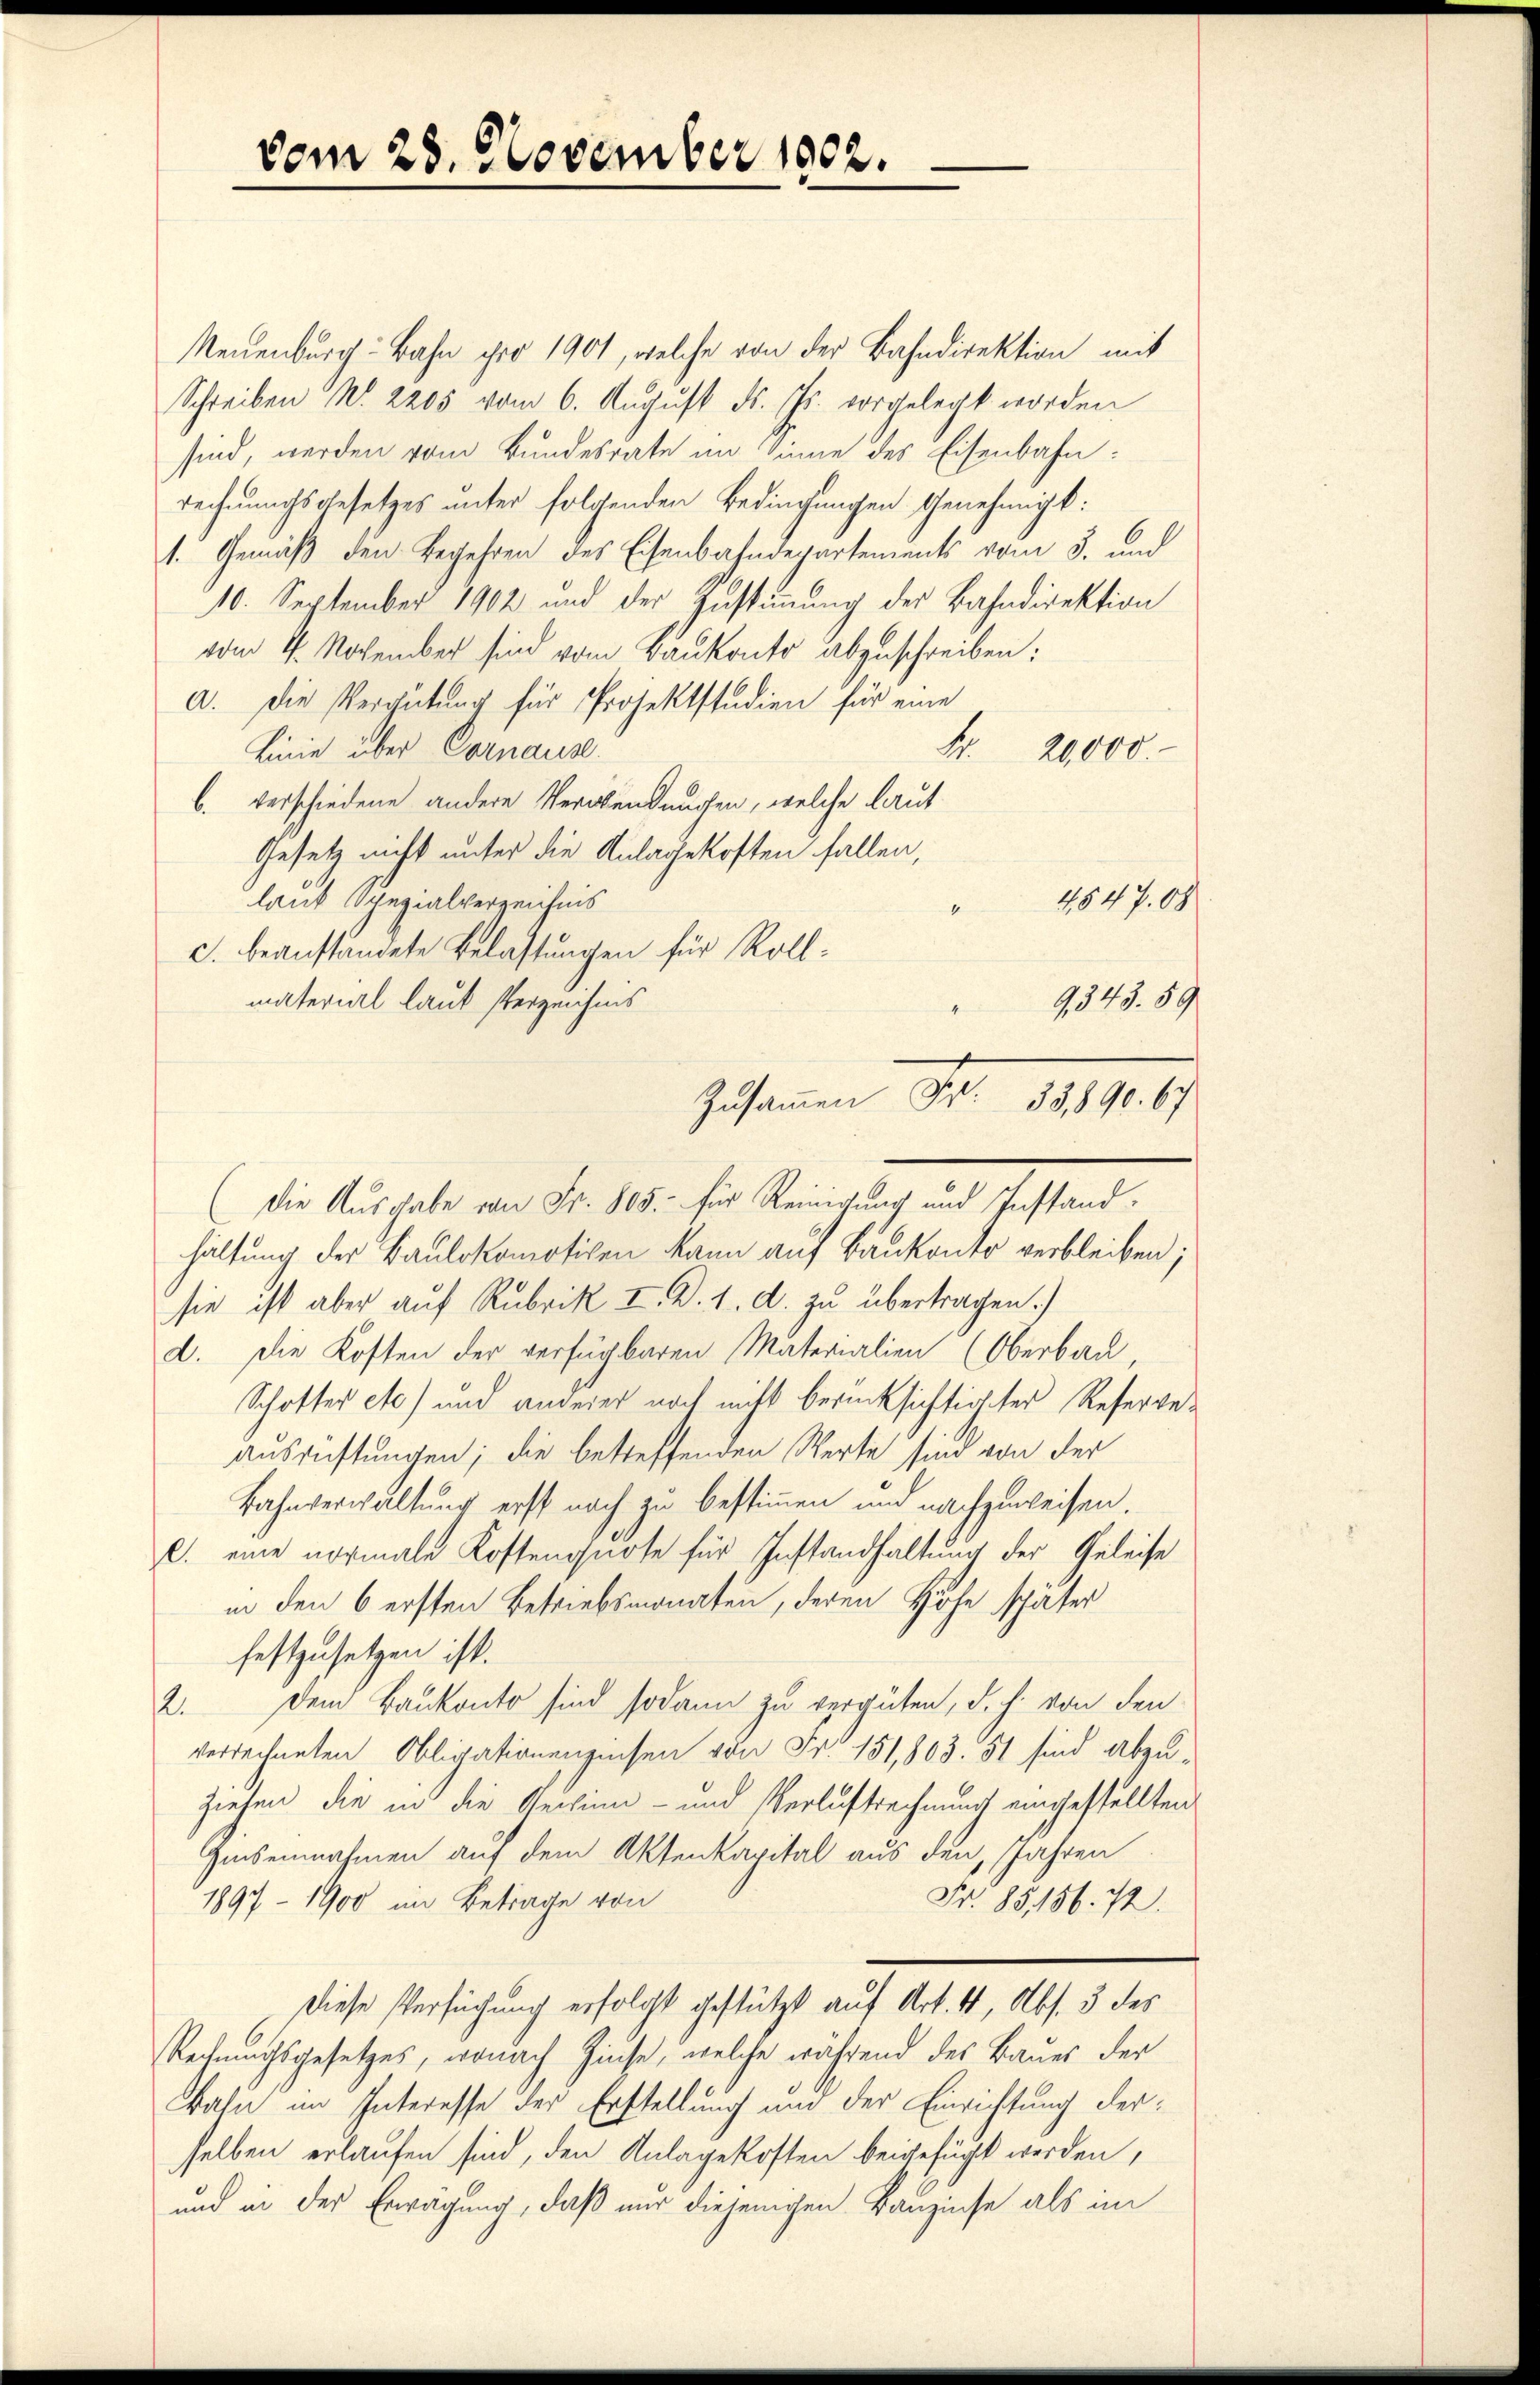
vom 28. November 1802.

Neuenburg-Bahn pro 1901, welche von der Bahndirektion mit
Schreiben No. 2205 vom 6. August d. Js. vorgelegt worden
sind, werden vom Bundesrate im Sinne des Eisenbahn:
rechnungsgesetzes unter folgenden Bedingungen Genehmigt:
1. Gemäß den Begehren des Eisenbahndepartements vom 3. und
10. September 1902 und der Zustimmung der Bahndirektion
vom 4. November sind vom Baukonto abzuschreiben:
a. Die Vergütung für Projektstudien für eine
Linie über Cornause.
Fr. 20,000.
b. verschiedene andere Verwendungen, welche laut
Gesetz nicht unter die Anlagekosten fallen,
laut Spezialverzeichnis
“
c. beanständete Belastungen für Rollmaterial laut Verzeichnis
Die Ausgabe von Fr. 805.- für Reinigung und Instandhaltung der Baulokomotiven kann auf Bankonto verbleiben;
sie ist aber auf Rubrik I. d. 1. d. zu übertragen.)
d. Die Kosten der verfügbaren Materialien (Oberbau,
Schotter etc.) und anderer noch nicht berücksichtigter Referge¬
Ausrüstungen; die betreffenden Werte sind von der
Bahnverwaltung erst nach zu bestimmen und nachzuweisen.
C. eine normale Kostenquote für Instandhaltung der Geleise
in den 6 ersten Betriebsmonaten, deren Höfe später
festzusetzen ist.
2. Dem Baukonto sind sodann zu vergüten, d. h. von den
verrechneten Obligationenzinsen von Fr. 151,803. 51 sind abzuziehen, die in die Rechinn- und Verlustrechnung eingestellten
Zinseinnahmen auf dem Aktenkapital aus den Jahren
1897 - 1900 im Betrage von
Fr. 85,156. 12.
Diese Versuchung erfolgt gestützt auf Art. 4, Abs. 3 des
Rechnuchsgesetzes, wonach Zinse, welche während des Baues der
Bahn im Interesse der Erstellung und der Einrichtung derselben erlaufen sind, den Anlagekosten beigefügt werden,
und in der Erwägung, daß nur diejenigen Kanzinse als im

Zusammen Fr. 33,890. 67

1047.09

9,343. 59